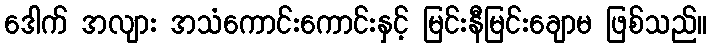
ဒေါက် အလျား အသံကောင်းကောင်းနှင့် မြင်းနီမြင်းချောမ ဖြစ်သည်။